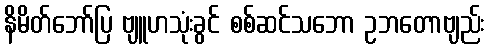
နိမိတ်ဘော်ပြ ဗျူဟသုံးခွင် စစ်ဆင်သဘော ဥဘတောဗျည်း